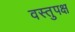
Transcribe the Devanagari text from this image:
वस्तुपक्ष